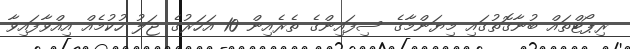
ރިޕޯޓްތައް ބުނާގޮތުގައި މިޔަންމާގެ ސިފައިންގެ ތެރެއިން 10 އަހަރުގެ ޖަލު ހުކުމެއް އިއްވާފައިވާ